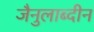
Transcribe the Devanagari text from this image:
जैनुलाब्दीन